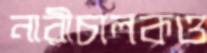
নারীচালকও